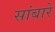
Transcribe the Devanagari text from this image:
सांबारे